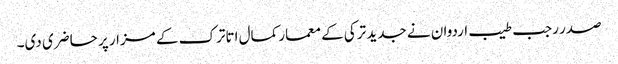
صدر رجب طیب اردوان نے جدید ترکی کے معمار کمال اتاترک کے مزار پر حاضری دی۔